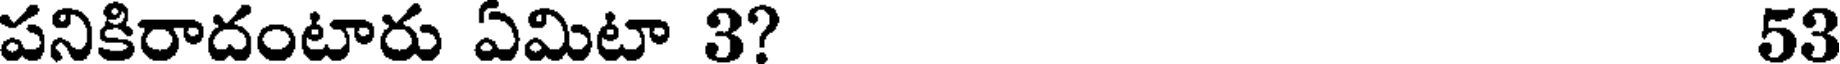
పనికిరాదంటారు ఏమిటా 3? 53